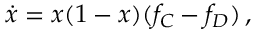
\begin{array} { r } { \dot { x } = x ( 1 - x ) ( f _ { C } - f _ { D } ) \, , } \end{array}